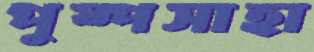
পুষ্পসাহা